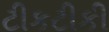
ટીકટીકી